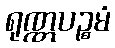
ရုဏ္ဏပဉ္စမံ